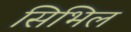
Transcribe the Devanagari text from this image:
सिभिल